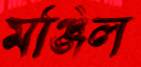
মঞ্জিল